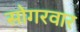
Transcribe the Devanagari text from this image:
सोगरवार